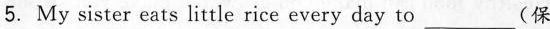
5. My sister eats little rice every day to___(保